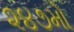
૨૪૭મો